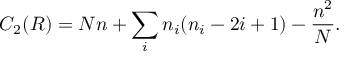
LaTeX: C _ { 2 } ( R ) = N n + \sum _ { i } n _ { i } ( n _ { i } - 2 i + 1 ) - \frac { n ^ { 2 } } { N } .